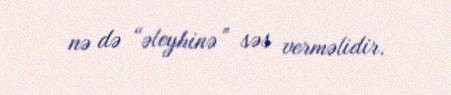
nə də “əleyhinə” səs verməlidir.